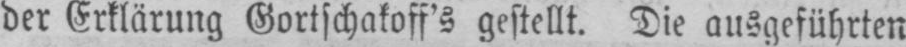
der Erklärung Gortschakoff’s gestellt. Die ausgeführten